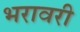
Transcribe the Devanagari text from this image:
भरावरी